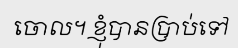
ចោល។ ខ្ញុំបានប្រាប់ទៅ